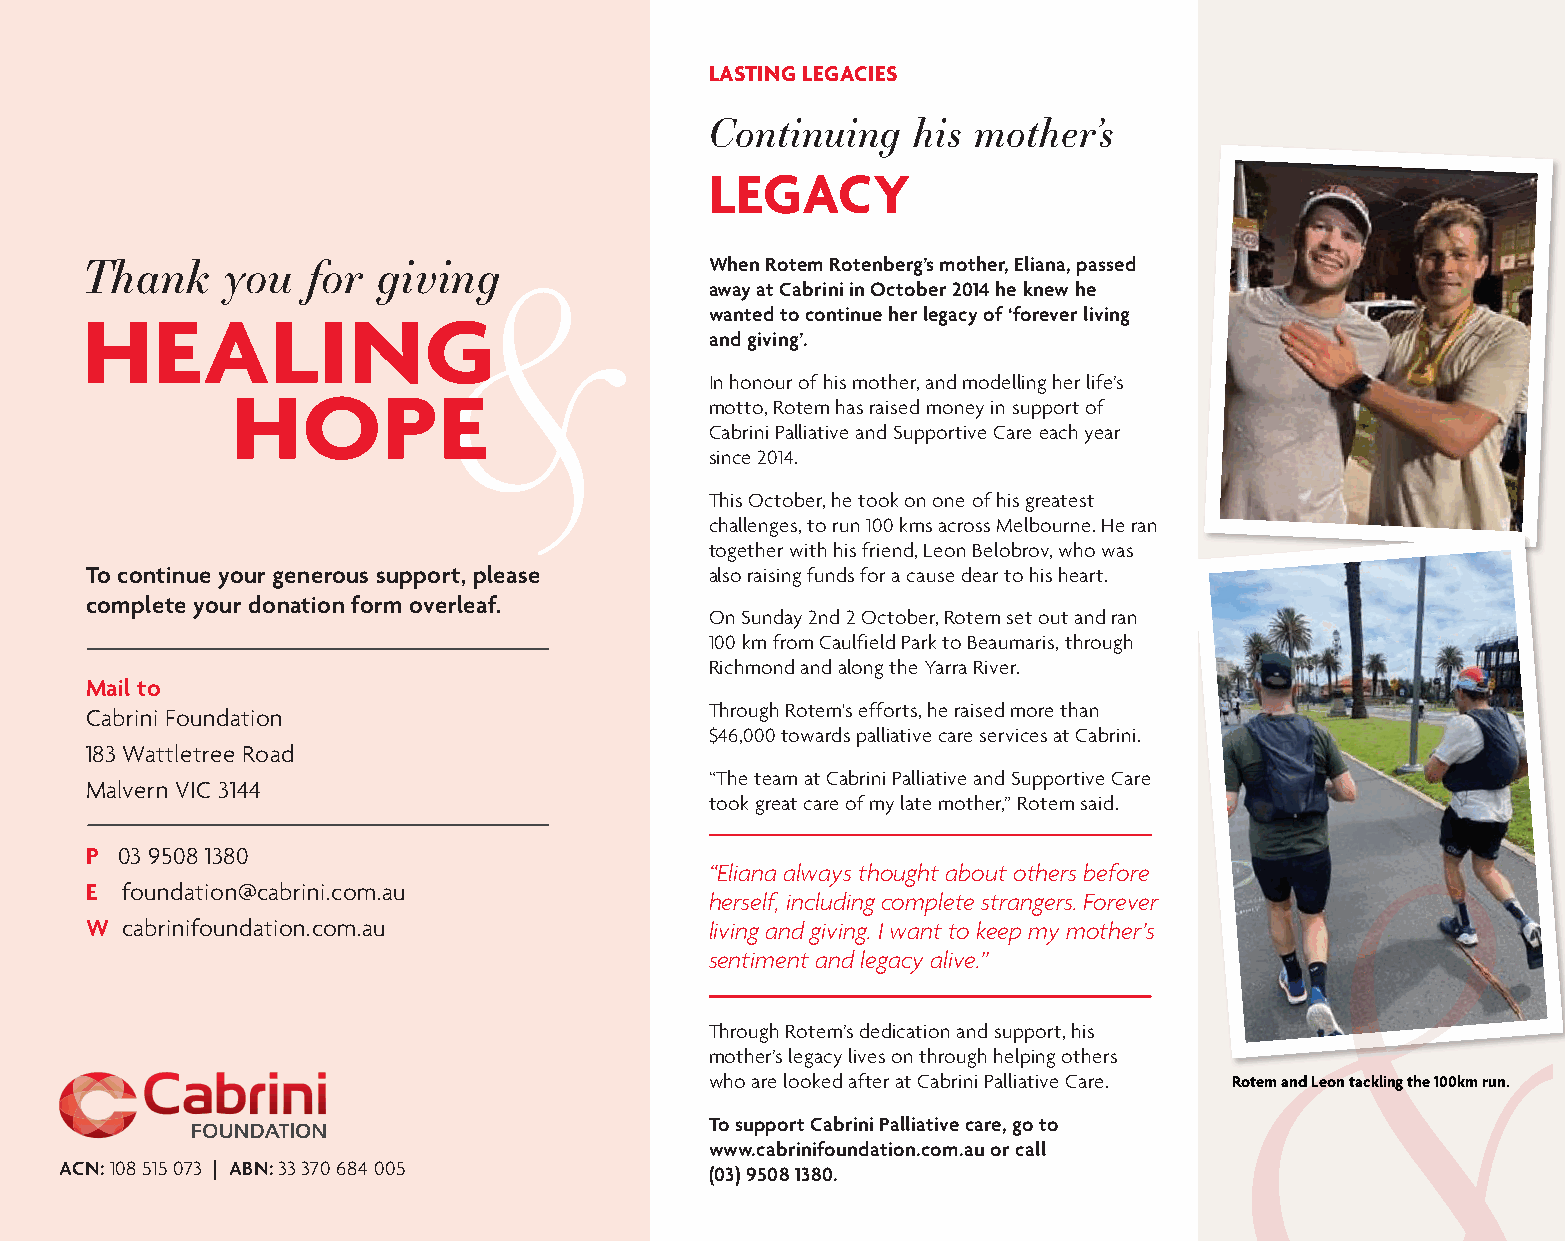
LASTING LEGACIES
 Continuing   his mother’s
 LEGACY
 Thank     you  for  giving                When Rotem Rotenberg’s mother, Eliana, passed
 away at Cabrini in October 2014 he knew he
 wanted to continue her legacy of ‘forever living
 HEALING
 and giving’.
 In honour of his mother, and modelling her life’s
 HOPE                            motto, Rotem has raised money in support of
 Cabrini Palliative and Supportive Care each year
 since 2014.
 This October, he took on one of his greatest
 challenges, to run 100 kms across Melbourne. He ran
 together with his friend, Leon Belobrov, who was
 To continue your generous support, please also raising funds for a cause dear to his heart.
 complete your donation form overleaf.
 On Sunday 2nd 2 October, Rotem set out and ran
 100 km from Caulfield Park to Beaumaris, through
 Richmond and along the Yarra River.
 Mail to
 Cabrini Foundation                       Through Rotem's efforts, he raised more than
 $46,000 towards palliative care services at Cabrini.
 183 Wattletree Road
 “The team at Cabrini Palliative and Supportive Care
 Malvern VIC 3144
 took great care of my late mother,” Rotem said.
 P 03 9508 1380
 “Eliana always thought about others before
 E foundation@cabrini.com.au
 herself, including complete strangers. Forever
 W cabrinifoundation.com.au               living and giving. I want to keep my mother’s
 sentiment and legacy alive.”
 Through Rotem’s dedication and support, his
 mother’s legacy lives on through helping others
 who are looked after at Cabrini Palliative Care. Rotem and Leon tackling the 100km run.
 To support Cabrini Palliative care, go to
 www.cabrinifoundation.com.au or call
 ACN: 108 515 073 | ABN: 33 370 684 005
 (03) 9508 1380.